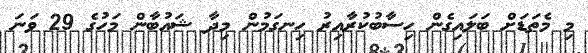
މި މެތަޑަށް ބަލައިގެން ހިސާބުކުރާއިރު ހިނގަމުން މިދާ ޝައުބާން މަހުގެ 29 ވަނަ